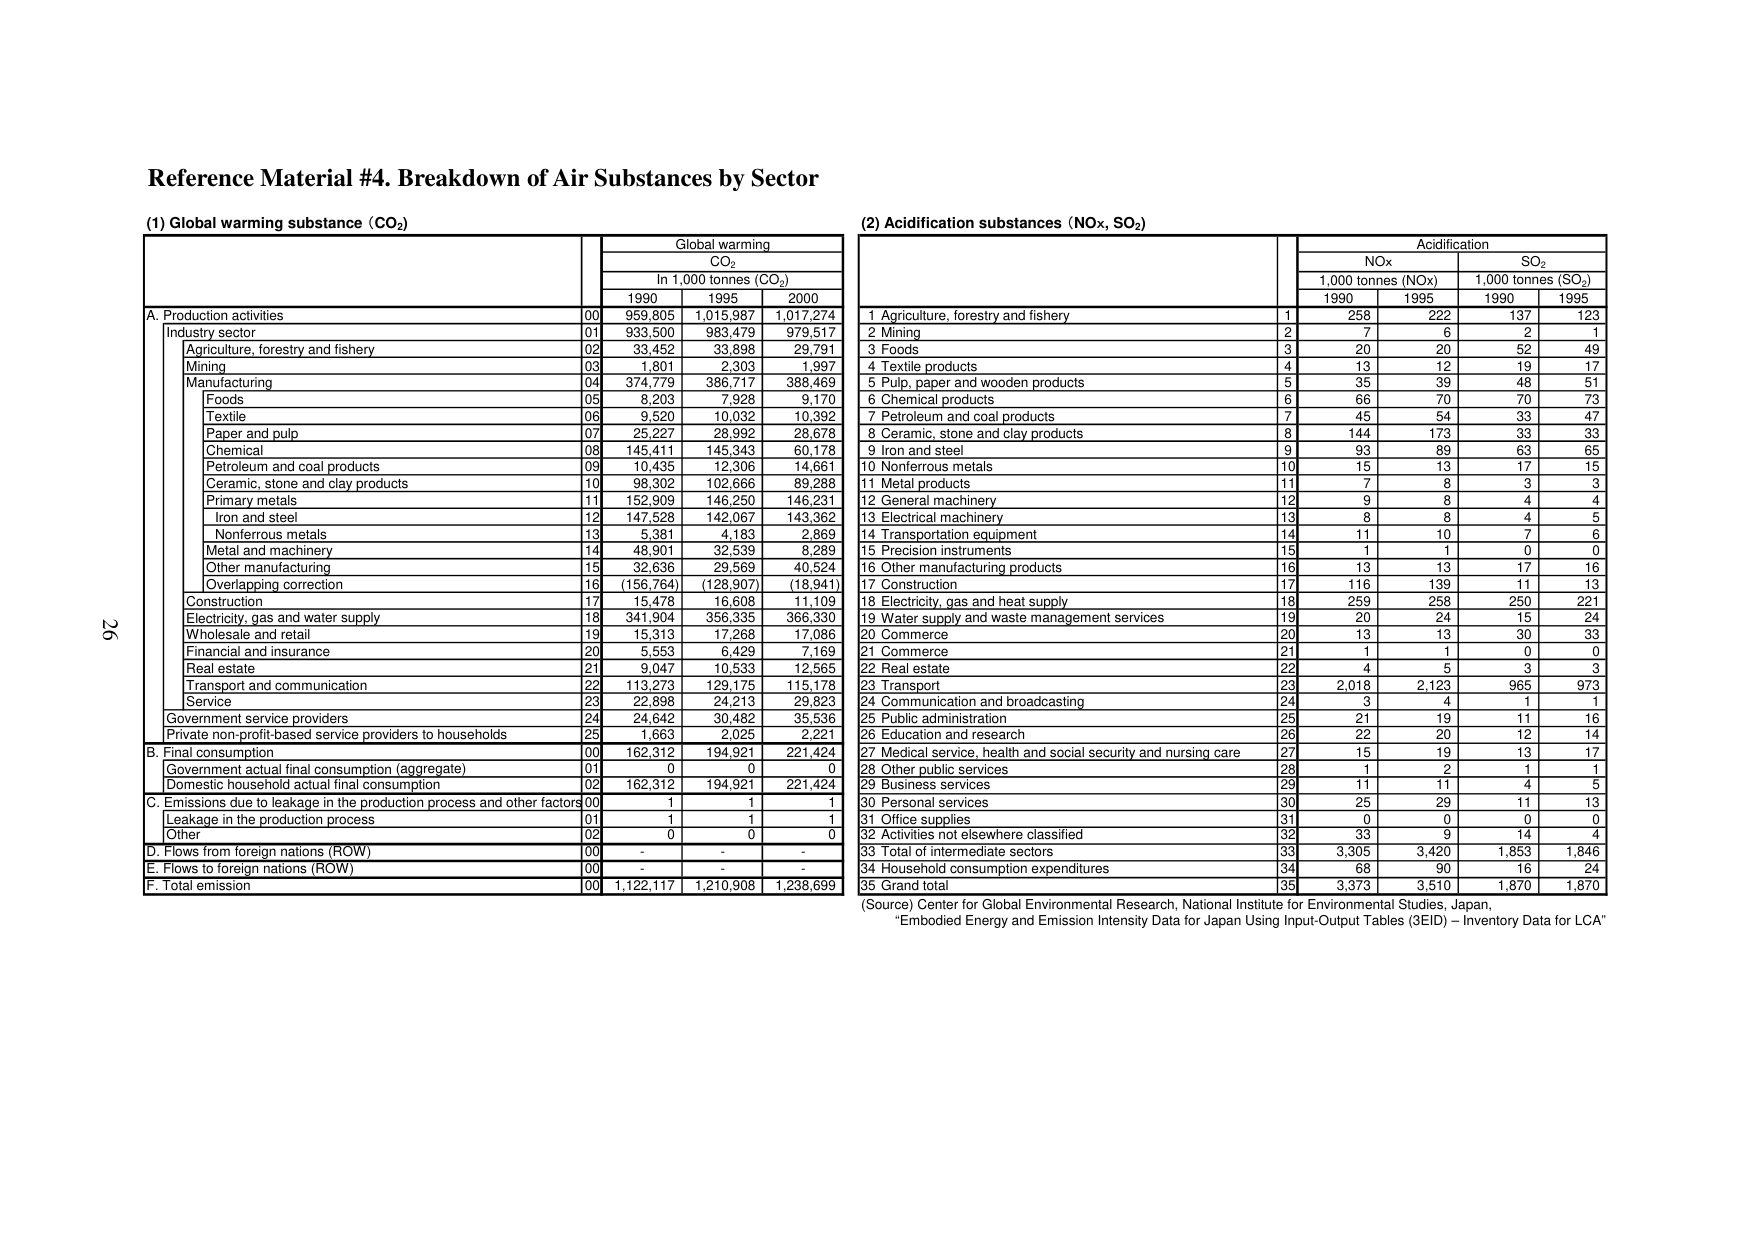
Reference Material #4. Breakdown of Air Substances by Sector

(1) Global warming substance (CO₂)

Global warming
CO₂
In 1,000 tonnes (CO₂)
1990 1995 2000

A. Production activities
00 959,805 1,015,987 1,017,274
Industry sector
01 933,500 983,479 979,517
Agriculture, forestry and fishery
02 33,452 33,898 29,791
Mining
03 1,801 2,303 1,997
Manufacturing
04 374,779 386,717 388,469
Foods
05 8,203 7,928 9,170
Textile
06 9,520 10,032 10,392
Paper and pulp
07 25,227 28,992 28,678
Chemical
08 145,411 145,343 60,178
Petroleum and coal products
09 10,435 12,306 14,661
Ceramic, stone and clay products
10 98,302 102,666 89,288
Primary metals
11 152,909 146,250 146,231
Iron and steel
12 147,528 142,067 143,362
Nonferrous metals
13 5,381 4,183 2,869
Metal and machinery
14 48,901 32,539 8,289
Other manufacturing
15 32,636 29,569 40,524
Overlapping correction
16 (156,764) (128,907) (118,941)
Construction
17 15,478 16,608 11,109
Electricity, gas and water supply
18 341,904 356,335 366,330
Wholesale and retail
19 15,313 17,268 17,086
Financial and insurance
20 5,553 6,429 7,169
Real estate
21 9,047 10,533 12,565
Transport and communication
22 113,273 129,175 115,178
Service
23 22,898 24,213 29,823
Government service providers
24 24,642 30,482 35,536
Private non-profit-based service providers to households
25 1,663 2,025 2,221

B. Final consumption
00 162,312 194,921 221,424
Government actual final consumption (aggregate)
01 0 0 0
Domestic household actual final consumption
02 162,312 194,921 221,424

C. Emissions due to leakage in the production process and other factors
00 1 1 1
Leakage in the production process
01 1 1 1
Other
02 0 0 0

D. Flows from foreign nations (ROW)
00 - - -
E. Flows to foreign nations (ROW)
00 - - -
F. Total emission
00 1,122,117 1,210,908 1,238,699

(2) Acidification substances (NOx, SO₂)

Acidification
NOx SO₂
1,000 tonnes (NOx) 1,000 tonnes (SO₂)
1990 1995 1990 1995

1 Agriculture, forestry and fishery
1 258 222 137 123
2 Mining
2 7 6 2 1
3 Foods
3 20 20 52 49
4 Textile products
4 13 12 19 17
5 Pulp, paper and wooden products
5 35 39 48 51
6 Chemical products
6 66 70 70 73
7 Petroleum and coal products
7 45 54 33 47
8 Ceramic, stone and clay products
8 144 173 33 33
9 Iron and steel
9 93 89 63 65
10 Nonferrous metals
10 15 13 17 15
11 Metal products
11 7 8 3 3
12 General machinery
12 9 8 4 4
13 Electrical machinery
13 8 8 4 5
14 Transportation equipment
14 11 10 7 6
15 Precision instruments
15 1 1 0 0
16 Other manufacturing products
16 13 13 17 16
17 Construction
17 116 139 11 13
18 Electricity, gas and heat supply
18 259 258 250 221
19 Water supply and waste management services
19 20 24 15 24
20 Commerce
20 13 13 30 33
21 Commerce
21 1 1 0 0
22 Real estate
22 4 5 3 3
23 Transport
23 2,018 2,123 965 973
24 Communication and broadcasting
24 3 4 1 1
25 Public administration
25 21 19 11 16
26 Education and research
26 22 20 12 14
27 Medical service, health and social security and nursing care
27 15 19 13 17
28 Other public services
28 1 2 1 1
29 Business services
29 11 11 4 5
30 Personal services
30 25 29 11 13
31 Office supplies
31 0 0 0 0
32 Activities not elsewhere classified
32 33 9 14 4
33 Total of intermediate sectors
33 3,305 3,420 1,853 1,846
34 Household consumption expenditures
34 68 90 16 24
35 Grand total
35 3,373 3,510 1,870 1,870

(Source) Center for Global Environmental Research, National Institute for Environmental Studies, Japan, "Embodied Energy and Emission Intensity Data for Japan Using Input-Output Tables (3EID) – Inventory Data for LCA"